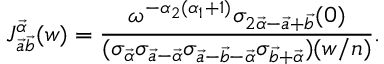
J _ { \vec { a } \vec { b } } ^ { \vec { \alpha } } ( w ) = \frac { \omega ^ { - \alpha _ { 2 } ( \alpha _ { 1 } + 1 ) } \sigma _ { 2 \vec { \alpha } - \vec { a } + \vec { b } } ( 0 ) } { ( \sigma _ { \vec { \alpha } } \sigma _ { \vec { a } - \vec { \alpha } } \sigma _ { \vec { a } - \vec { b } - \vec { \alpha } } \sigma _ { \vec { b } + \vec { \alpha } } ) ( w / n ) } .